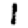
Digit: 1